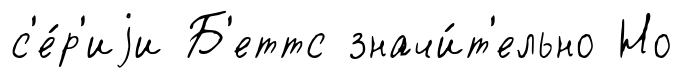
с'е́р'иjи Б'еттс значи́т'ельно Но